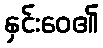
နှင်းဝေ၏